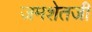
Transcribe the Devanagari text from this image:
जमशेतजी